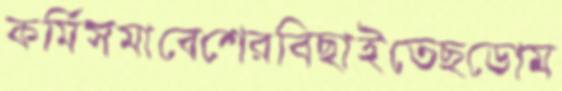
কর্মিসমাবেশেরবিছাইতেছডোম